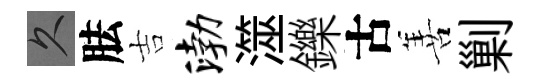
久胠吉渤澨鑠古善剿